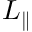
L _ { \parallel }